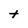
Character: t